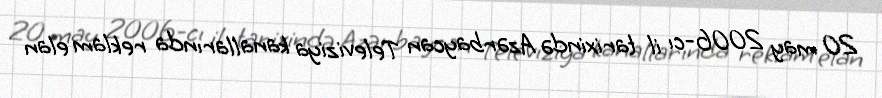
20 may 2006-cı il tarixində Azərbaycan Televiziya kanallarında reklam elan